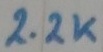
Text: 2.2K